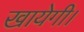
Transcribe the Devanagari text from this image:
खायेगी।